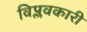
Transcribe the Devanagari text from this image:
विप्लवकारी